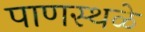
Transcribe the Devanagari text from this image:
पाणस्थळे